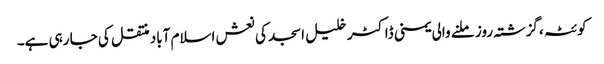
کوئٹہ ،گزشتہ روز ملنے والی یمنی ڈاکٹر خلیل اسجد کی نعش اسلام آباد منتقل کی جا رہی ہے۔